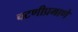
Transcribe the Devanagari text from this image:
चटणीप्रमाणे